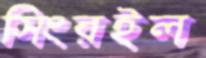
সিংরইল